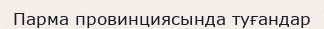
Парма провинциясында туғандар